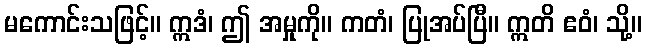
မကောင်းသဖြင့်။ ဣဒံ၊ ဤ အမှုကို။ ကတံ၊ ပြုအပ်ပြီ။ ဣတိ ဧဝံ၊ သို့။